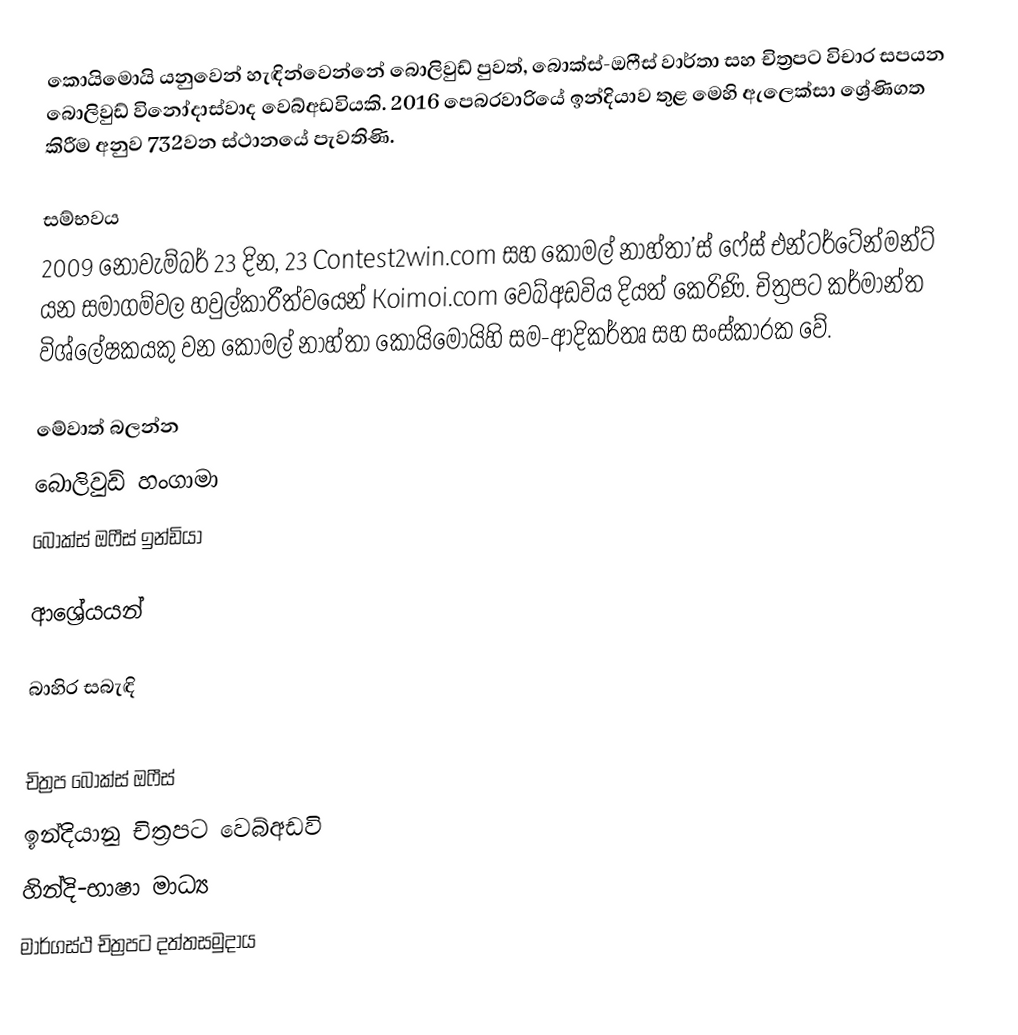
කොයිමොයි යනුවෙන් හැඳින්වෙන්නේ බොලිවුඩ් පුවත්, බොක්ස්-ඔෆීස් වාර්තා සහ චිත්‍රපට විචාර සපයන බොලිවුඩ් විනෝදාස්වාද වෙබ්අඩවියකි. 2016 පෙබරවාරියේ ඉන්දියාව තුළ මෙහි ඇලෙක්සා ශ්‍රේණිගත කිරීම අනුව 732වන ස්ථානයේ පැවතිණි.

සම්භවය
2009 නොවැම්බර් 23 දින,  23 Contest2win.com සහ කෝමල් නාහ්තා’ස් ෆේස් එන්ටර්ටේන්මන්ට් යන සමාගම්වල හවුල්කාරීත්වයෙන් Koimoi.com වෙබ්අඩවිය දියත් කෙරිණි. චිත්‍රපට කර්මාන්ත විශ්ලේෂකයකු වන කෝමල් නාහ්තා කොයිමොයිහි සම-ආදිකර්තෘ සහ සංස්කාරක වේ.

මේවාත් බලන්න
 බොලිවුඩ් හංගාමා
 බොක්ස් ඔෆීස් ඉන්ඩියා

ආශ්‍රේයයන්

බාහිර සබැඳි

චිත්‍රප ‍බොක්ස් ඔෆීස්
ඉන්දියානු චිත්‍රපට වෙබ්අඩවි
හින්දි-භාෂා මාධ්‍ය
මාර්ගස්ථ චිත්‍රපට දත්තසමුදාය